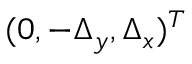
( 0 , - \Delta _ { y } , \Delta _ { x } ) ^ { T }